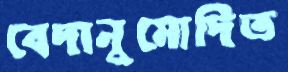
বেদানুমোদিত